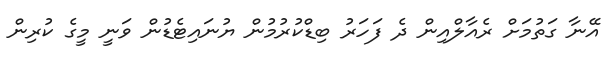
އޭނާ ގަތުމަށް ރެއާލްއިން ދެ ފަހަރު ބިޑްކުރުމުން ޔުނައިޓެޑުން ވަނީ މީގެ ކުރިން